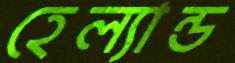
হেল্যান্ড